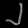
Digit: ၂